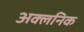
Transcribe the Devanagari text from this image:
अक्लनिक